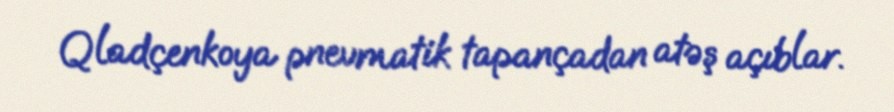
Qladçenkoya pnevmatik tapançadan atəş açıblar.